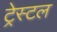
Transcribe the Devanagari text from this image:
ट्रेस्टल